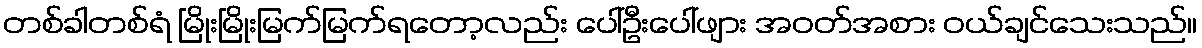
တစ်ခါတစ်ရံ မြိုးမြိုးမြက်မြက်ရတော့လည်း ပေါ်ဦးပေါ်ဖျား အဝတ်အစား ဝယ်ချင်သေးသည်။